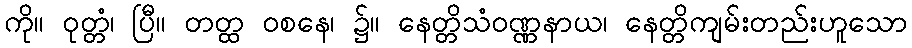
ကို။ ဝုတ္တံ၊ ပြီ။ တတ္ထ ဝစနေ၊ ၌။ နေတ္တိသံဝဏ္ဏနာယ၊ နေတ္တိကျမ်းတည်းဟူသော